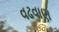
વઢવાણ